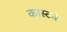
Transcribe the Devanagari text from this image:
कास्टवे